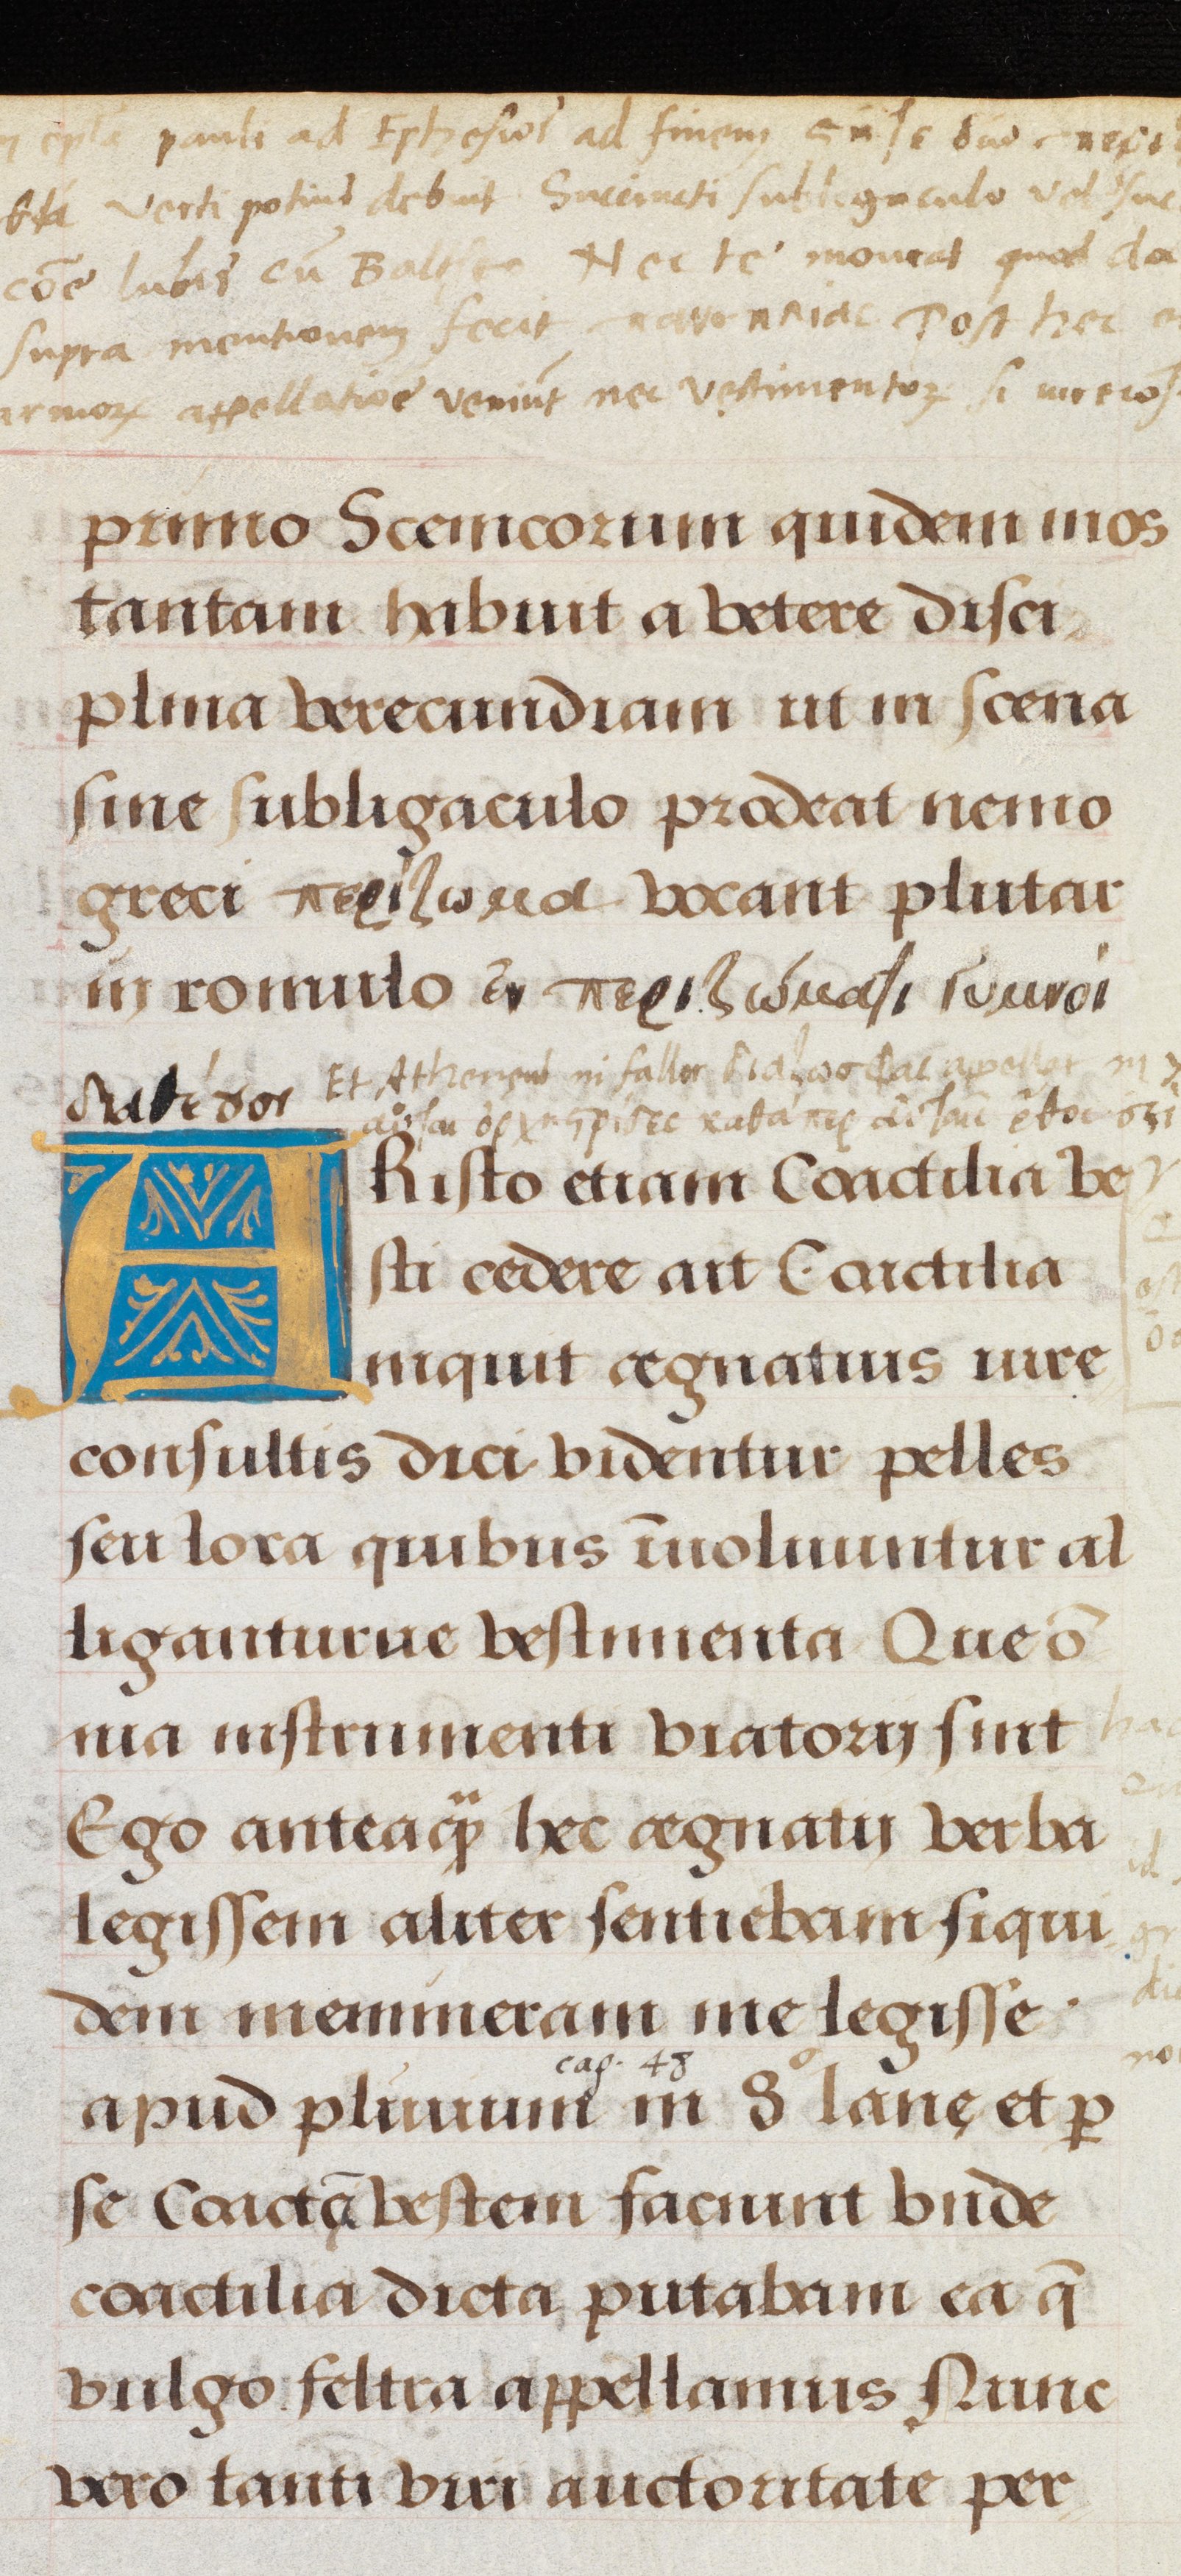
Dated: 1500–1549